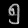
Digit: ၅